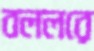
বললরে